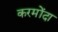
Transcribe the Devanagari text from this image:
करमोंदा